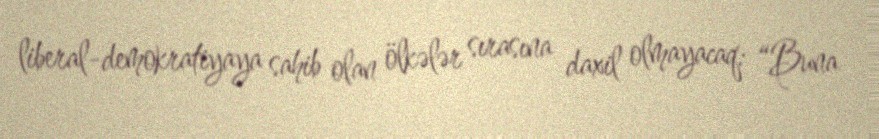
liberal-demokratiyaya sahib olan ölkələr sırasına daxil olmayacaq: “Buna